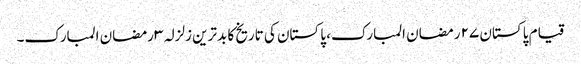
قیام پاکستان ٢٧ رمضان المبارک، پاکستان کی تاریخ کا بدترین زلزلہ ٣ رمضان المبارک۔